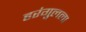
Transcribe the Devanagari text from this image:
हरंगुलला